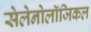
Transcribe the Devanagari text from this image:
सेलेनोलॉजिकल